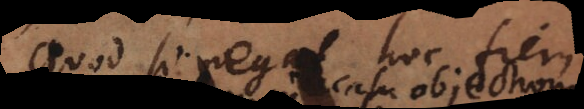
Quod si negat hoc fier